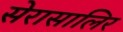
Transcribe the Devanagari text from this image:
सेरासालिर